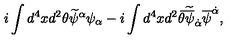
i \int d ^ { 4 } x d ^ { 2 } \theta \widetilde \psi ^ { \alpha } \psi _ { \alpha } - i \int d ^ { 4 } x d ^ { 2 } \bar { \theta } \widetilde { \overline { \psi } } _ { \dot { \alpha } } \overline { \psi } ^ { \dot { \alpha } } ,